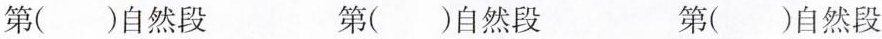
第( )自然段 第( )自然段 第( )自然段